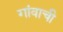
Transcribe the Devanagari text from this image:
गांवाची